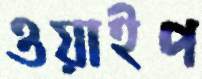
ওয়াইপ